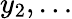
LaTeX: y_{2},\ldots